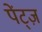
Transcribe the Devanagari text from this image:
पेंट्ज़